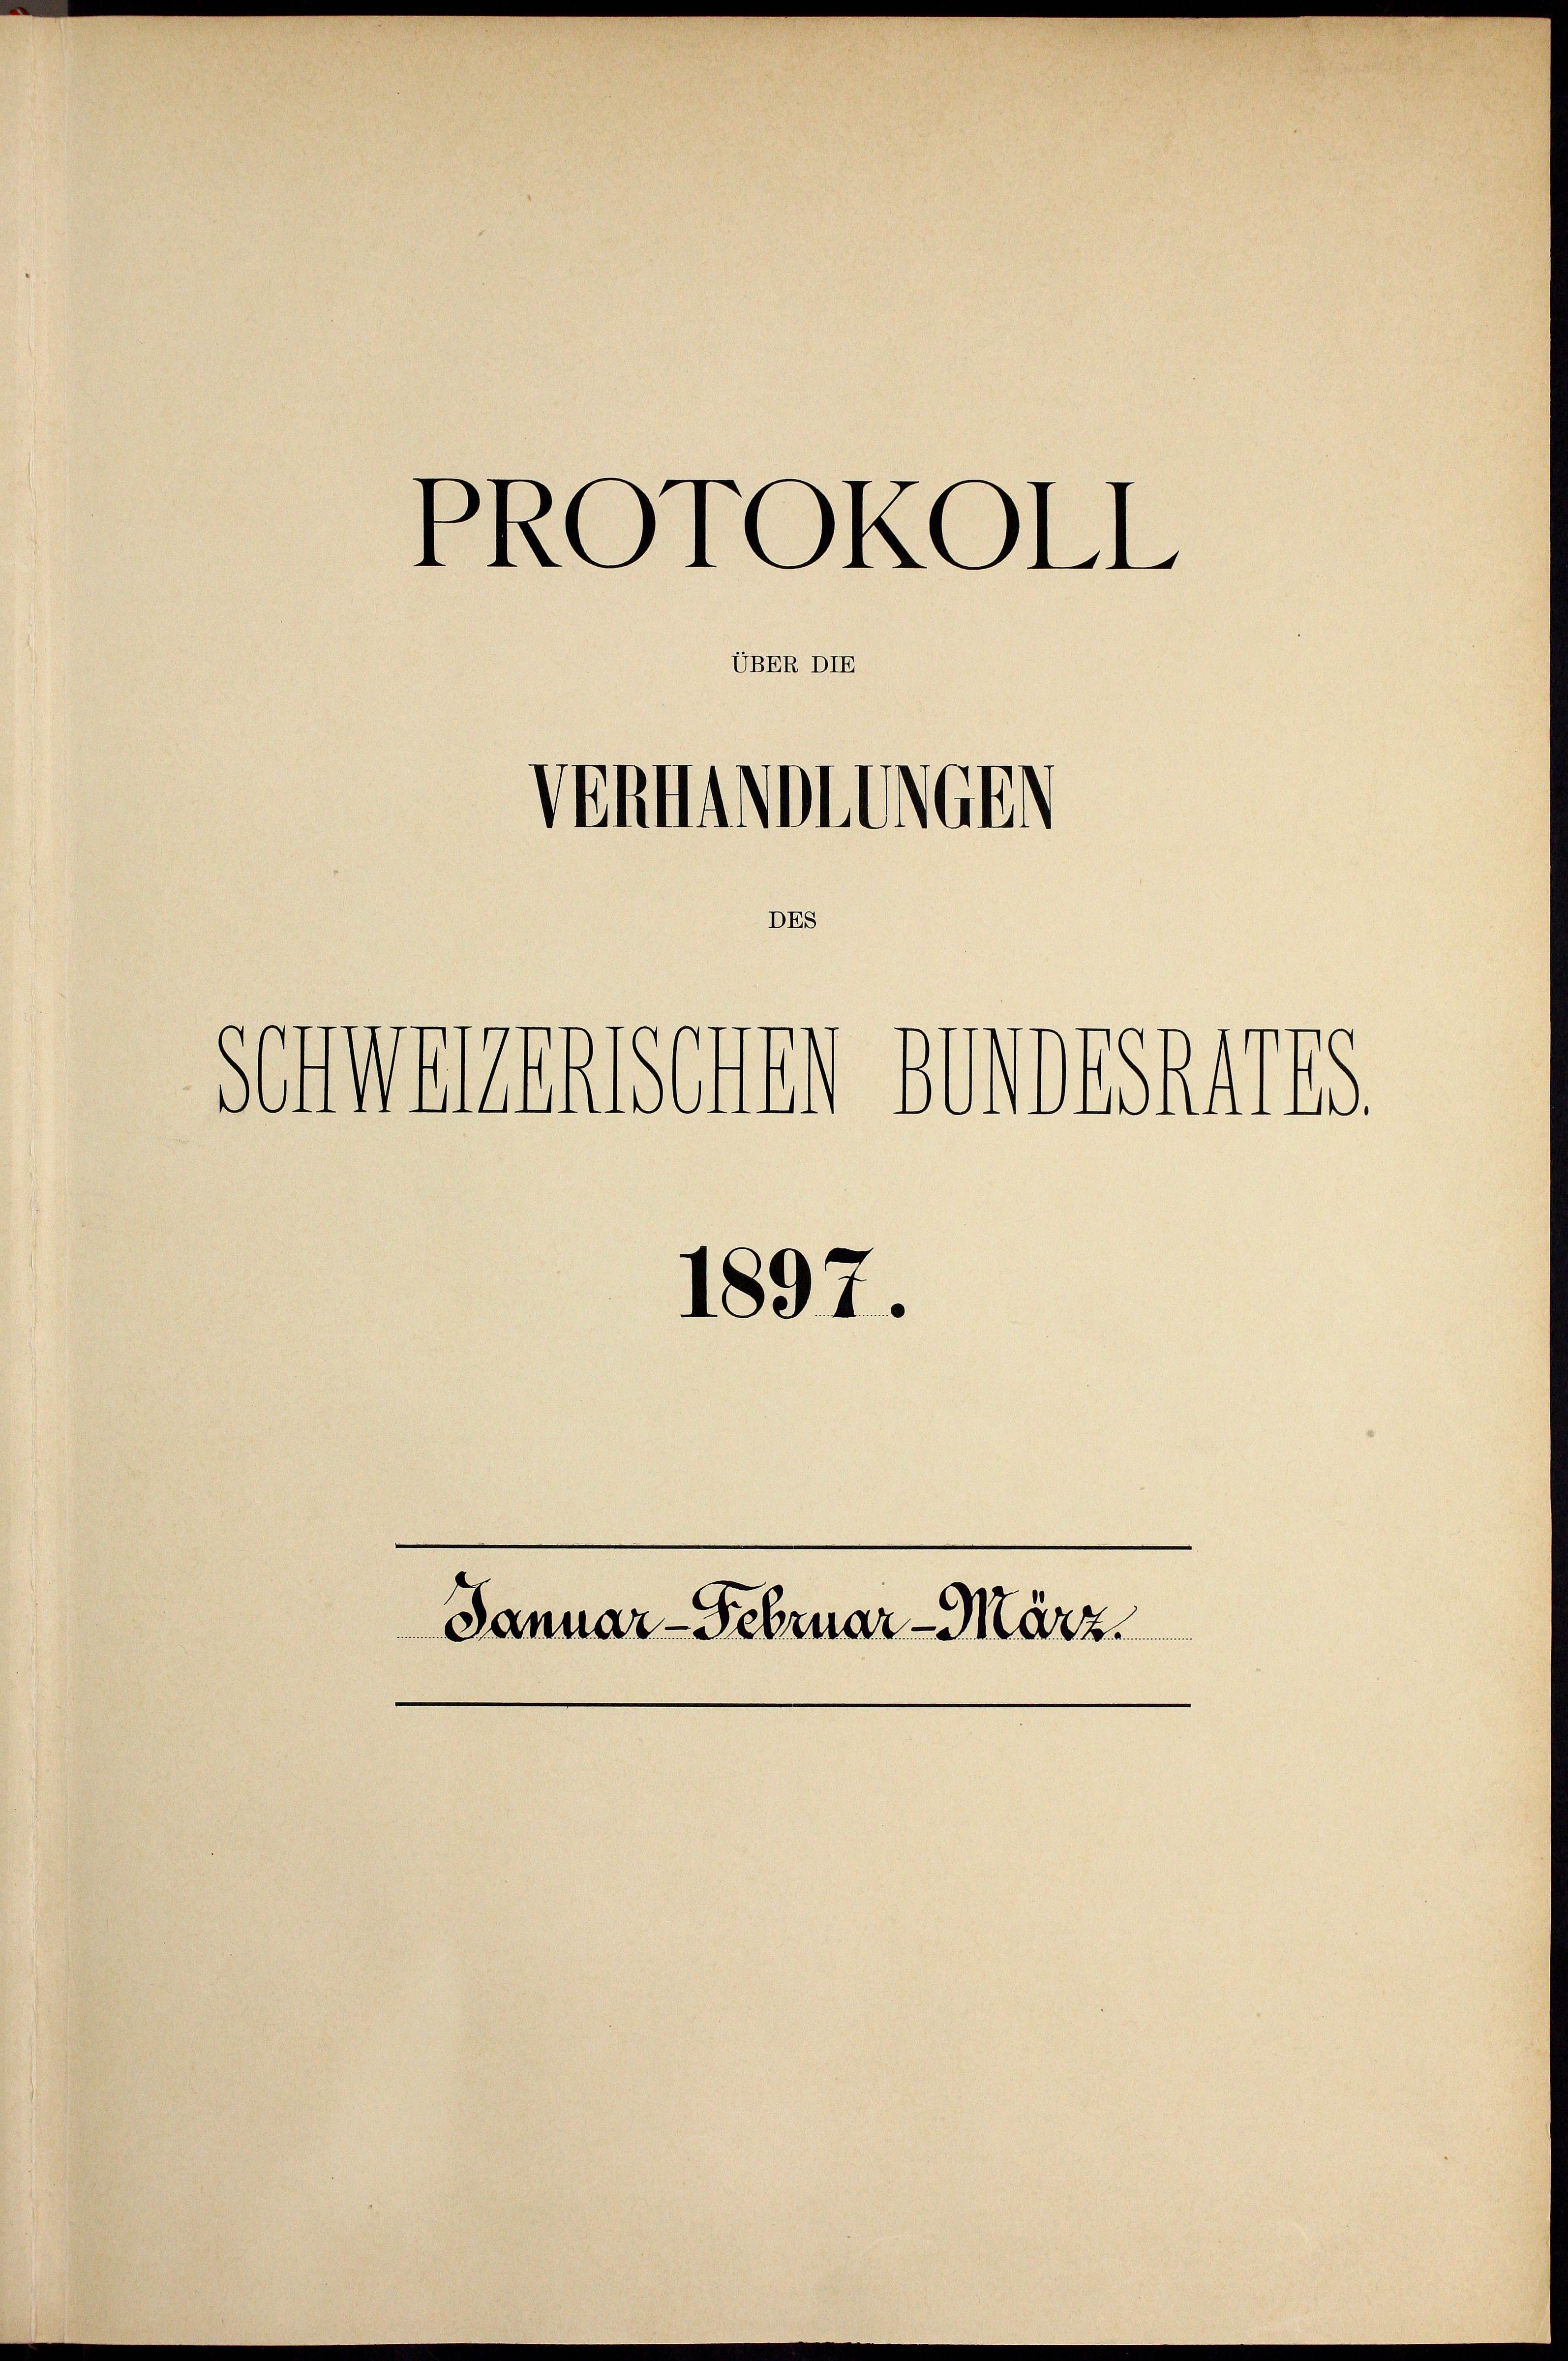
Schmanns

PROTOKOLL
UBER DIE

Venmittlich

DES

1897.

Amtshaus

Januar-Februar-März.